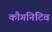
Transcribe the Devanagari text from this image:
कौगनिटिव